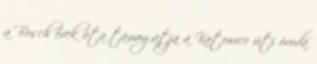
a Bosch évek óta támogatja a Katowice úti óvoda